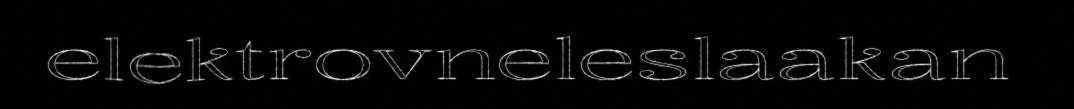
elektrovneleslaakan